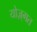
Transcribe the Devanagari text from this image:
योज़्गत